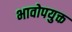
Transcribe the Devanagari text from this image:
भावोपयुक्त